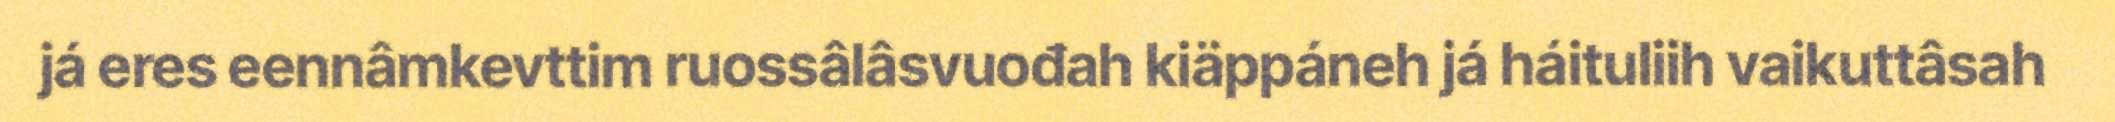
já eres eennâmkevttim ruossâlâsvuođah kiäppáneh já háituliih vaikuttâsah